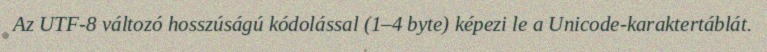
Az UTF-8 változó hosszúságú kódolással (1–4 byte) képezi le a Unicode-karaktertáblát.